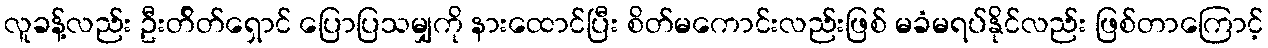
လူခန့်လည်း ဦးတ်ိတ်ရှောင် ပြောပြသမျှကို နားထောင်ပြီး စိတ်မကောင်းလည်းဖြစ် မခံမရပ်နိုင်လည်း ဖြစ်တာကြောင့်